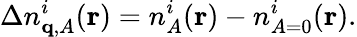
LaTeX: \Delta n_{\mathbf{q},A}^{i}(\mathbf{r})={n_{A}^{i}(\mathbf{r})}-{n_{A=0}^{i}(\mathbf{r})}.